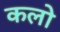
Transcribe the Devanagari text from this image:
कलो